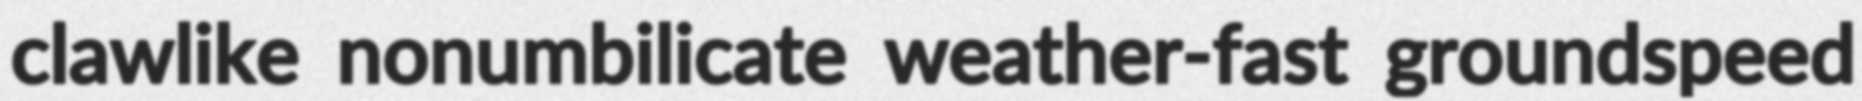
clawlike nonumbilicate weather-fast groundspeed